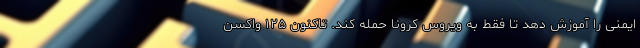
ایمنی را آموزش دهد تا فقط به ویروسِ کرونا حمله کند. تاکنون ۱۲۵ واکسن